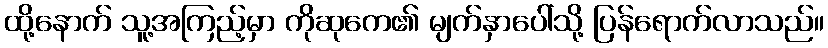
ထို့နောက် သူ့အကြည့်မှာ ကိုဆုကေ၏ မျက်နှာပေါ်သို့ ပြန်ရောက်လာသည်။